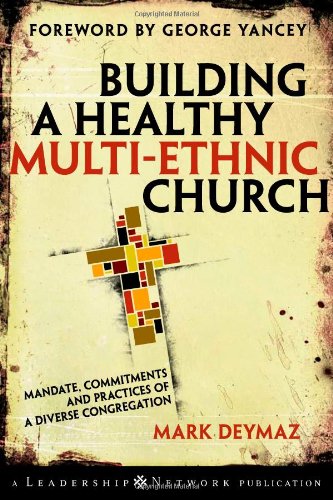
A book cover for Building a Healthy Multi-ethnic Church: Mandate, Commitments and Practices of a Diverse Congregation; Mark DeYmaz; Christian Books & Bibles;